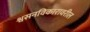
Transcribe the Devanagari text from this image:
श्वसनविकारावरील